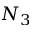
N _ { 3 }